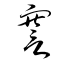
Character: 謇